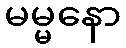
မမ္မနော